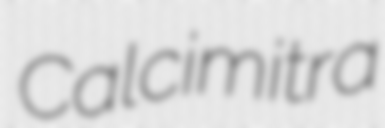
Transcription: Calcimitra